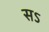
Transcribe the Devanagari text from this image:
सऽ